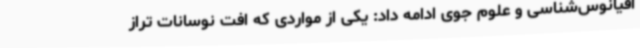
اقیانوس‌شناسی و علوم جوی ادامه داد: یکی از مواردی که افت نوسانات تراز